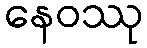
နေဝဿု